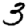
Digit: 3